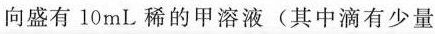
向盛有10mL稀的甲溶液(其中滴有少量